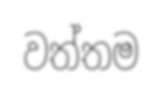
වත්තම